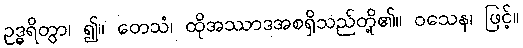
ဥဒ္ဓရိတွာ၊ ၍။ တေသံ၊ ထိုအဿာဒအစရှိသည်တို့၏။ ဝသေန၊ ဖြင့်။